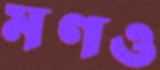
মণও